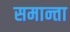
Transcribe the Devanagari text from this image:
समान्ता